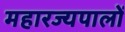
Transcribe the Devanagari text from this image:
महारज्यपालों